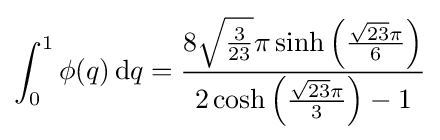
\int _{0}^{1}\phi (q)\,\mathrm {d} q={\frac {8{\sqrt {\frac {3}{23}}}\pi \sinh \left({\frac {{\sqrt {23}}\pi }{6}}\right)}{2\cosh \left({\frac {{\sqrt {23}}\pi }{3}}\right)-1}}